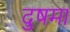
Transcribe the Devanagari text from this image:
दुषमा